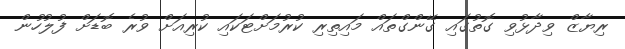
ރިޔާޒް ވިދާޅުވި ގޮތުގައި ގޭންގްތައް މައިތިރި ކުރުމަށްޓަކައި ކުރިއަށް ވުރެ ބޮޑަށް ފުލުހުން